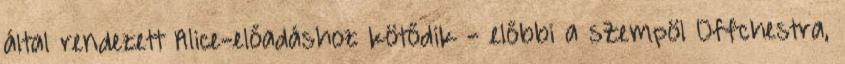
által rendezett Alice-előadáshoz kötődik - előbbi a sZempöl Offchestra,